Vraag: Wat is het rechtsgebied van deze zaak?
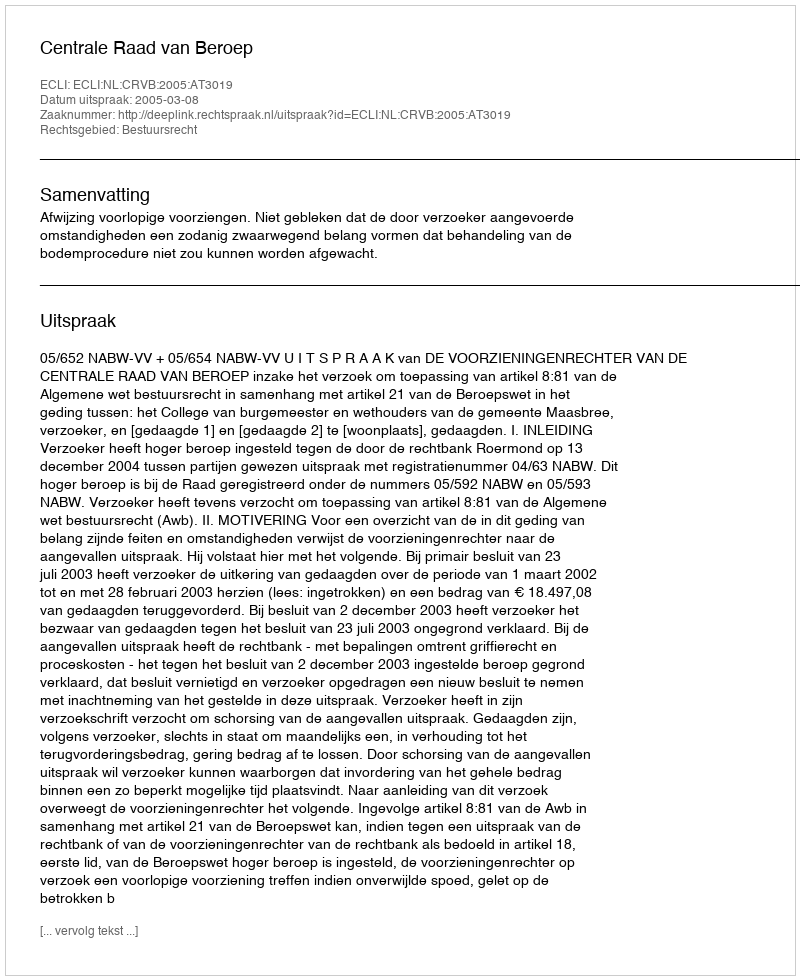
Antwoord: Bestuursrecht